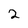
Character: 2